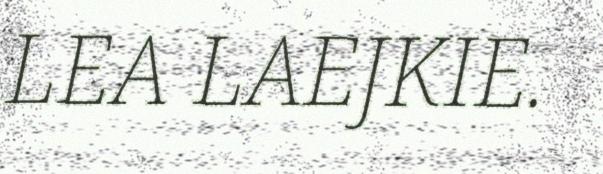
LEA LAEJKIE.